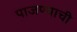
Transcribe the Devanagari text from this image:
पाजण्याची